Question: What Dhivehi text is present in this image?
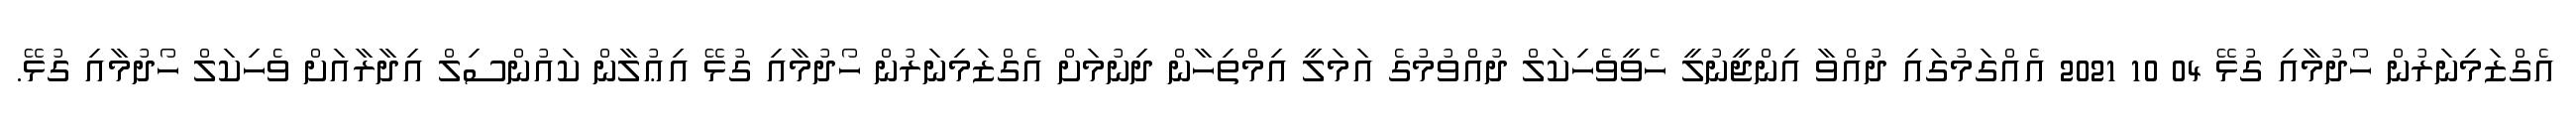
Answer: އެގްޒަމިނަރުން ހޯދުމާއި ގުޅޭ 04 10 2021 އެއްގަމުގައި ދުއްވާ އިންޖީނުލީ ހެވީވެހިކަލް ދުއްވުމުގެ އަމަލީ އިމްތިހާން ދިނުމަށް އެގްޒަމިނަރުން ހޯދުމާއި ގުޅޭ އިޢުލާން ކައުންސިލް އިދާރާއަށް ވެހިކަލް ހޯދުމާއި ގުޅޭ.